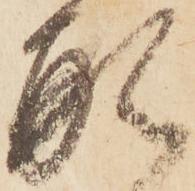
形